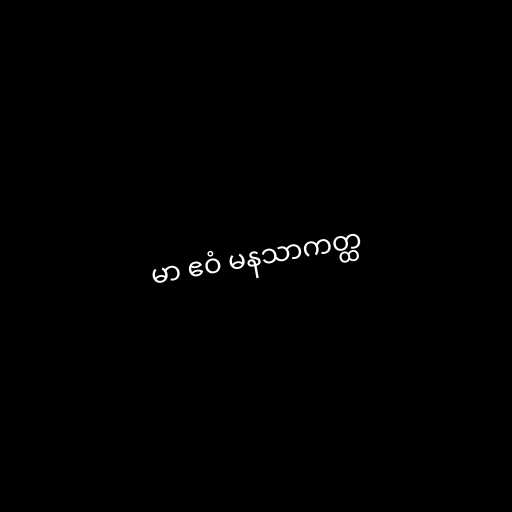
မာ ဧဝံ မနသာကတ္ထ